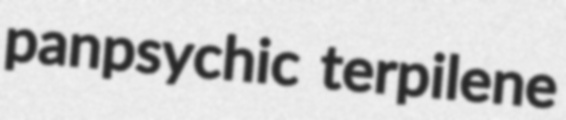
panpsychic terpilene